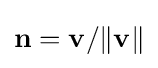
\mathbf {n} =\mathbf {v} /\|\mathbf {v} \|